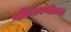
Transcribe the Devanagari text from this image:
महिरावणीच्या